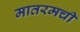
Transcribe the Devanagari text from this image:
मातरमची